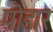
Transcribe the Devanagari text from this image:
पोडार